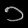
Digit: ၁